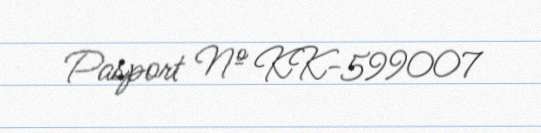
Pasport № KK-599007